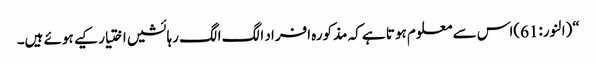
“(النور:61)اس سے معلوم ہوتا ہے کہ مذکورہ افراد الگ الگ رہائشیں اختیار کیے ہوئے ہیں۔